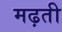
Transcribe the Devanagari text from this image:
मढ़ती